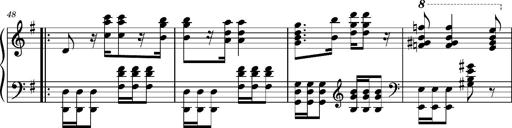
Title: Ungarischer Romanzero
Composer: Franz Liszt